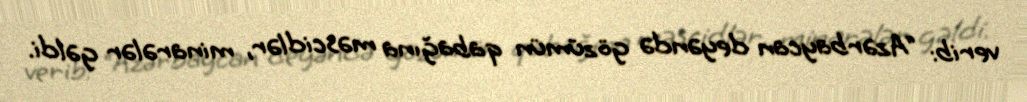
verib: “Azərbaycan deyəndə gözümün qabağına məscidlər, minarələr gəldi.